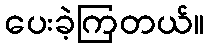
ပေးခဲ့ကြတယ်။